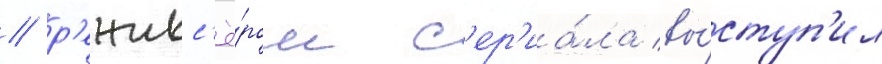
/ р'ежисс'ё́ром с'ер'иа́ла вы́ступ'ил